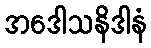
အဒေါသနိဒါနံ